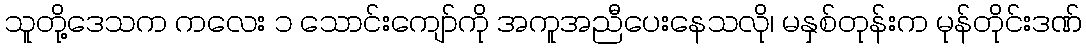
သူတို့ဒေသက ကလေး ၁ သောင်းကျော်ကို အကူအညီပေးနေသလို၊ မနှစ်တုန်းက မုန်တိုင်းဒဏ်